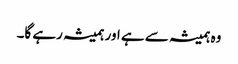
وہ ہمیشہ سے ہے اور ہمیشہ رہے گا۔